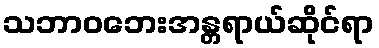
သဘာဝဘေးအန္တရာယ်ဆိုင်ရာ